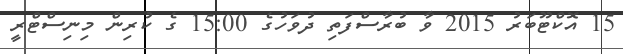
15 އޮކްޓޫބަރު 2015 ވާ ބުރާސްފަތި ދުވަހުގެ 15:00 ގެ ކުރިން މިނިސްޓްރީ